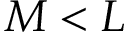
M < L